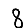
Digit: 8